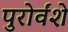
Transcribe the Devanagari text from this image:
पुरोर्वंशे